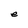
Character: e